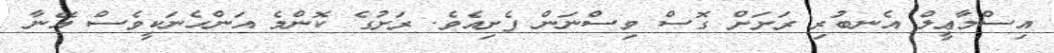
އިސްމާޢީލް އެނބުރި ރަށަށް ގޮސް ވިސްނަން ފެށިއެވެ. ރަށުގެ ކޮންމެ އަންހެނަކީވެސް އޭނާ